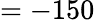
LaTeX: =-150